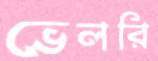
ভেলরি